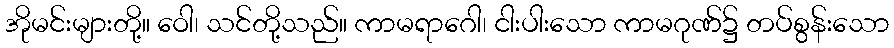
အိုမင်းများတို့။ ဝေါ၊ သင်တို့သည်။ ကာမရာဂေါ၊ ငါးပါးသော ကာမဂုဏ်၌ တပ်စွန်းသော